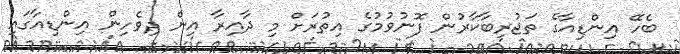
ބެހޭ އިންޑިއާގެ ތަޖުރިބާކާރުން ފޮނުވުމުގެ އިތުރަށް މި ދާއިރާ އިން ދިވެހިން އިންޑިއާގައި